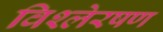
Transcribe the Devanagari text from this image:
विश्लेरषण